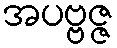
အပဗ္ဗဇ္ဇ